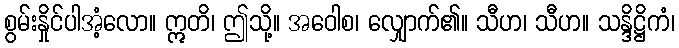
စွမ်းနှိုင်ပါအံ့လော။ ဣတိ၊ ဤသို့။ အဝေါစ၊ လျှောက်၏။ သီဟ၊ သီဟ။ သန္ဒိဋ္ဌိကံ၊